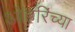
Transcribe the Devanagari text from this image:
ओहरिंच्या